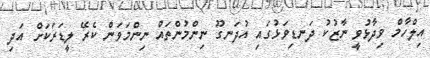
އިލްހާމް ވިދާޅުވީ ނާޒުކު ދަނޑިވަޅުގައި އުދަނގޫ ނިންމުންތައް ނިންމަވަން ކެރޭ ލީޑަރަކަށް އަދި